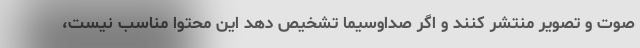
صوت و تصویر منتشر کنند و اگر صداوسیما تشخیص دهد این محتوا مناسب نیست،